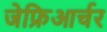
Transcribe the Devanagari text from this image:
जेफ्रिआर्चर